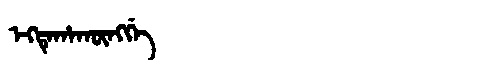
Manchu: ᡝᡴᡨᡝᡥᠠᡴᡡᠩᡤᡝ
Romanization: EKTEHAKŪNGGE